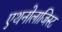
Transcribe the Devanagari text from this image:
एथनोलाजिस्ट